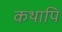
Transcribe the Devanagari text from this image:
कथापि